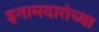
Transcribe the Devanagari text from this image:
इनामदारांच्या